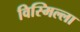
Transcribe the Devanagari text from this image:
विस्मिल्ला